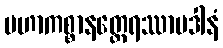
မဟာကစ္စာနတ္ထေရဿာပဒါနံ